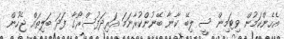
އެހެންކަމުން ވިޓަމިން ސީ ލިބޭ ކާނާ ބޭނުންކުރާނަމަ އަރިދަފުސްރޯގާ ފަދަ ބަލިތައް ޖެހުން